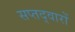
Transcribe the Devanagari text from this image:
सप्तद्वारों